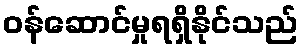
ဝန်ဆောင်မှုရရှိနိုင်သည်